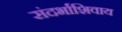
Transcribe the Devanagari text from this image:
संदर्भाशिवाय